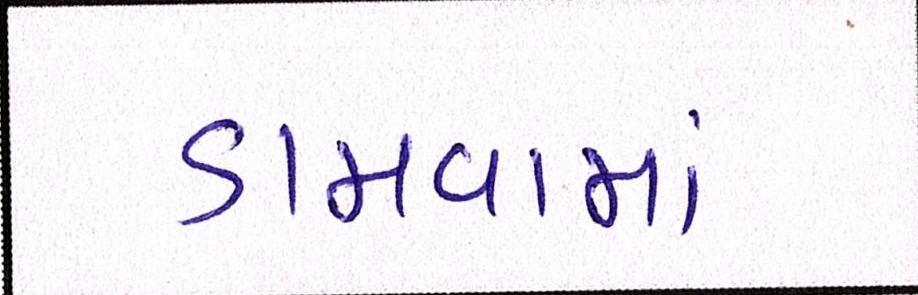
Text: ડામવામાં